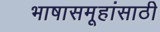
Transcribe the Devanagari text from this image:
भाषासमूहांसाठी